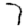
Digit: 7